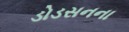
ડોડસનના